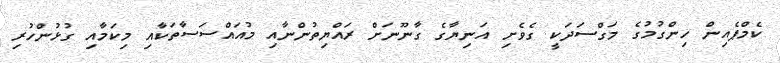
ކެމްޕެއިން ހިންގުމުގެ މަގްސަދަކީ ގެވެށި އަނިޔާގެ ގާނޫނަށް ރައްޔިތުންނާއި މުއައްސަސާތަކާއި މިކަމާއި ގުޅުންހުރި